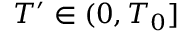
T ^ { \prime } \in ( 0 , T _ { 0 } ]